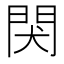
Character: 𬮇